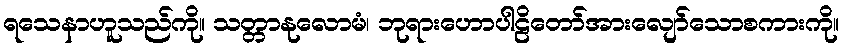
ရသေနာဟူသည်ကို။ သတ္တာနုလောမံ၊ ဘုရားဟောပါဠိတော်အားလျော်သောစကားကို။